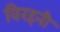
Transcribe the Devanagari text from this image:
विरहनी